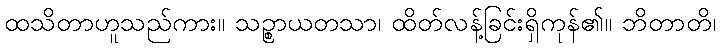
ထသိတာဟူသည်ကား။ သဉ္စာယတသာ၊ ထိတ်လန့်ခြင်းရှိကုန်၏။ ဘိတာတိ၊